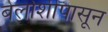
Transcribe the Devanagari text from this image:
बेलोशीपासून